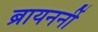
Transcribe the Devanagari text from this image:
ब्रायननीं